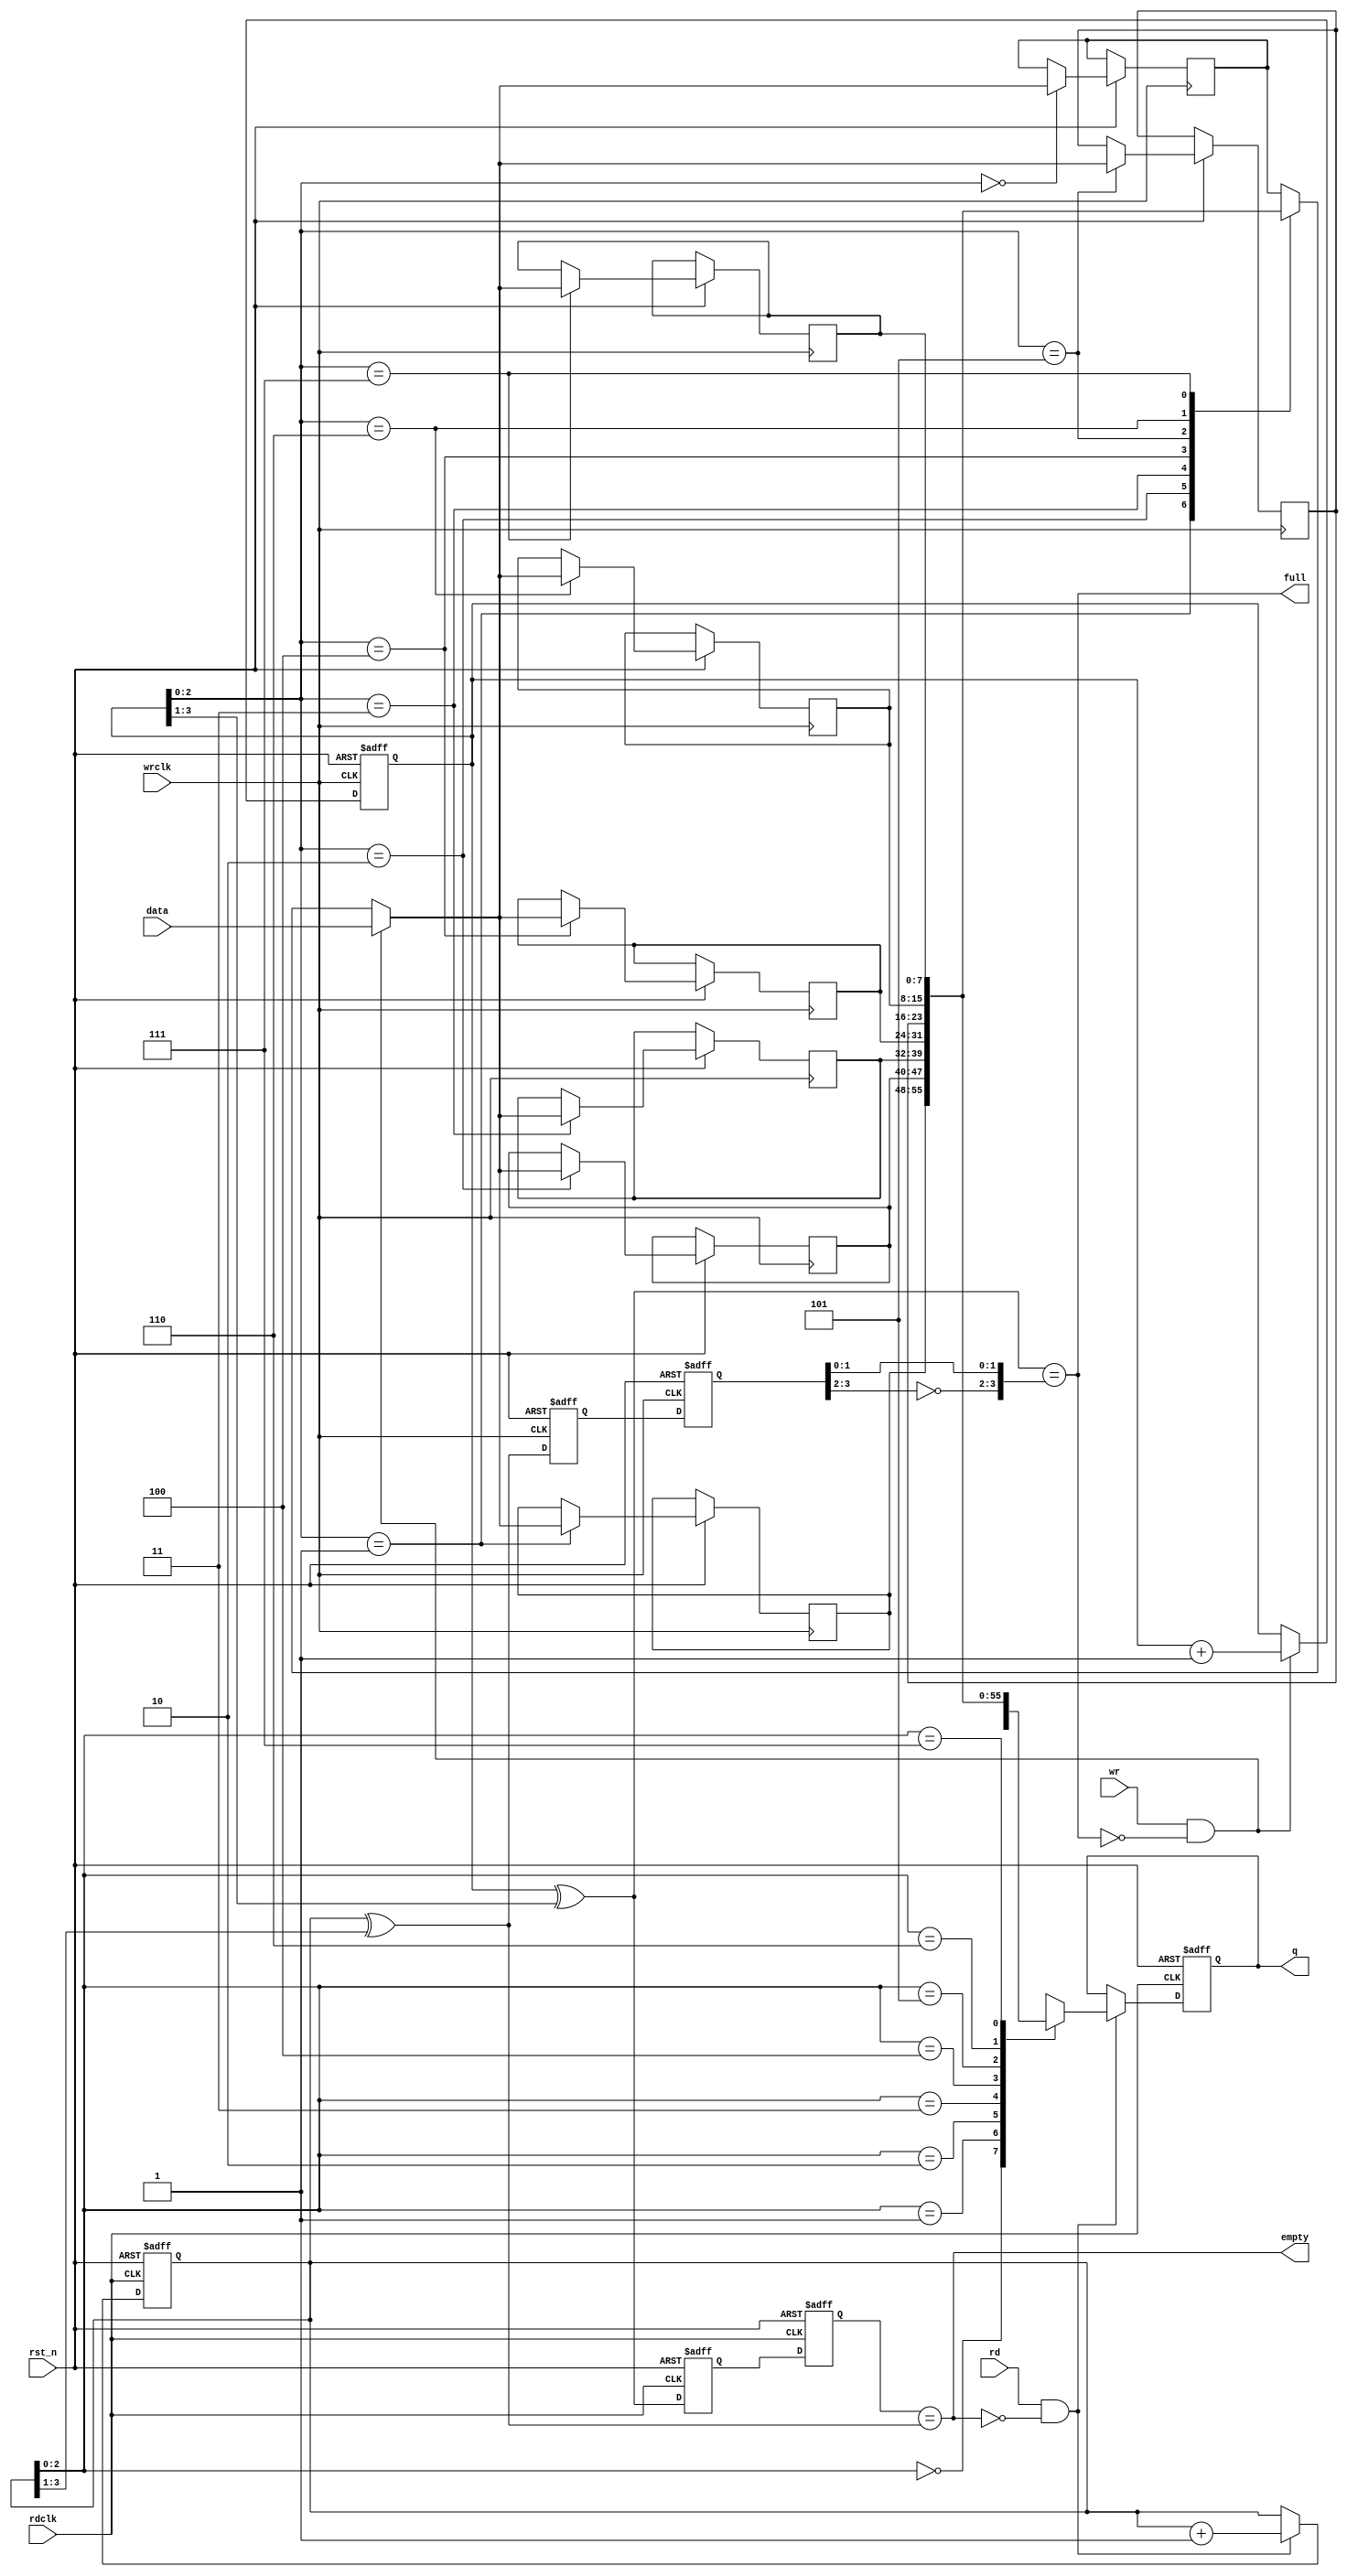
//************************************************
//  Company       : School                       
//  Device        : Altera cyclone4 ep4ce6f17c8  
//  Description   : asynchronize fifo;8*8;depth shuold be 2^n;                             
//************************************************
module  fifo_asyn #(parameter WIDTH = 8,DEPTH = 8)(
    //input;
    input    wire    wrclk,
    input    wire    rdclk,
    input    wire    rst_n,
    input    wire    wr,                 //wr request;
    input    wire    rd,                 //rd request;
    input    wire    [WIDTH-1:0]  data,  //data in;
    //output;
    output   wire    [WIDTH-1:0]  q,     //data out;
    output   wire    full,
    output   wire    empty
);
function integer clogb2 (input integer depth);
begin
    for (clogb2=0; depth>1; clogb2=clogb2+1) 
        depth = depth >>1;                          
end
endfunction               
(* ramstyle = "M9K" *) reg [WIDTH-1:0]      memory [0:DEPTH-1];
reg  [clogb2(DEPTH):0] wr_poi;    //wr pointer;
reg  [clogb2(DEPTH):0] rd_poi;    //rd pointer;
wire [clogb2(DEPTH):0] wr_poi_gray;
reg  [clogb2(DEPTH):0] wr_poi_gray1;
reg  [clogb2(DEPTH):0] wr_poi_gray2;
wire [clogb2(DEPTH):0] rd_poi_gray;
reg  [clogb2(DEPTH):0] rd_poi_gray1;
reg  [clogb2(DEPTH):0] rd_poi_gray2;
wire wr_flag;                   //real wr request;
wire rd_flag;                   //real rd request;
reg [WIDTH-1:0] q_r;            //reg q;
assign q = q_r;
assign wr_poi_gray = wr_poi ^ (wr_poi>>1); //produce wr pointer gray code;
assign rd_poi_gray = rd_poi ^ (rd_poi>>1); //produce rd pointer gray code;
assign full =  (wr_poi_gray == {~rd_poi_gray2[clogb2(DEPTH):clogb2(DEPTH)-1],rd_poi_gray2[clogb2(DEPTH)-2:0]});
assign empty = (wr_poi_gray2 == rd_poi_gray);
assign wr_flag = ((wr == 1'b1) && (full == 1'b0));          //wr enable;
assign rd_flag = ((rd == 1'b1) && (empty == 1'b0)); 
always @(posedge wrclk or negedge rst_n) begin
    if (~rst_n) begin
        wr_poi <= 0;
    end //if
    else begin
        wr_poi <= wr_flag ? wr_poi + 1'b1 : wr_poi;
        memory[wr_poi[clogb2(DEPTH)-1:0]] <= wr_flag ? data : memory[wr_poi[clogb2(DEPTH)-1:0]];
    end //else
end //always
always @(posedge rdclk or negedge rst_n) begin
    if (~rst_n) begin
        rd_poi <= 0;
        q_r <= 0;
    end //if
    else begin
        rd_poi <= rd_flag ? rd_poi + 1'b1 : rd_poi;
        q_r <= rd_flag ? memory[rd_poi[clogb2(DEPTH)-1:0]] : q_r;
    end //else
end //always
always @(posedge rdclk or negedge rst_n) begin //syn wr poi gray code to rd clock domain;
    if (~rst_n) begin
        wr_poi_gray1 <= 0;
        wr_poi_gray2 <= 0;
    end //if
    else begin
        wr_poi_gray1 <= wr_poi_gray;    
        wr_poi_gray2 <= wr_poi_gray1;    
    end //else
end //always
always @(posedge wrclk or negedge rst_n) begin  //syn rd poi gray code to wr clock domain;
    if (~rst_n) begin
        rd_poi_gray1 <= 0;
        rd_poi_gray2 <= 0;
    end //if
    else begin
        rd_poi_gray1 <= rd_poi_gray;
        rd_poi_gray2 <= rd_poi_gray1;
    end //else
end //always

endmodule